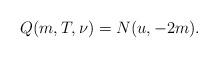
LaTeX: \begin{align*} Q(m, T,\nu)=N(u, -2m). \end{align*}